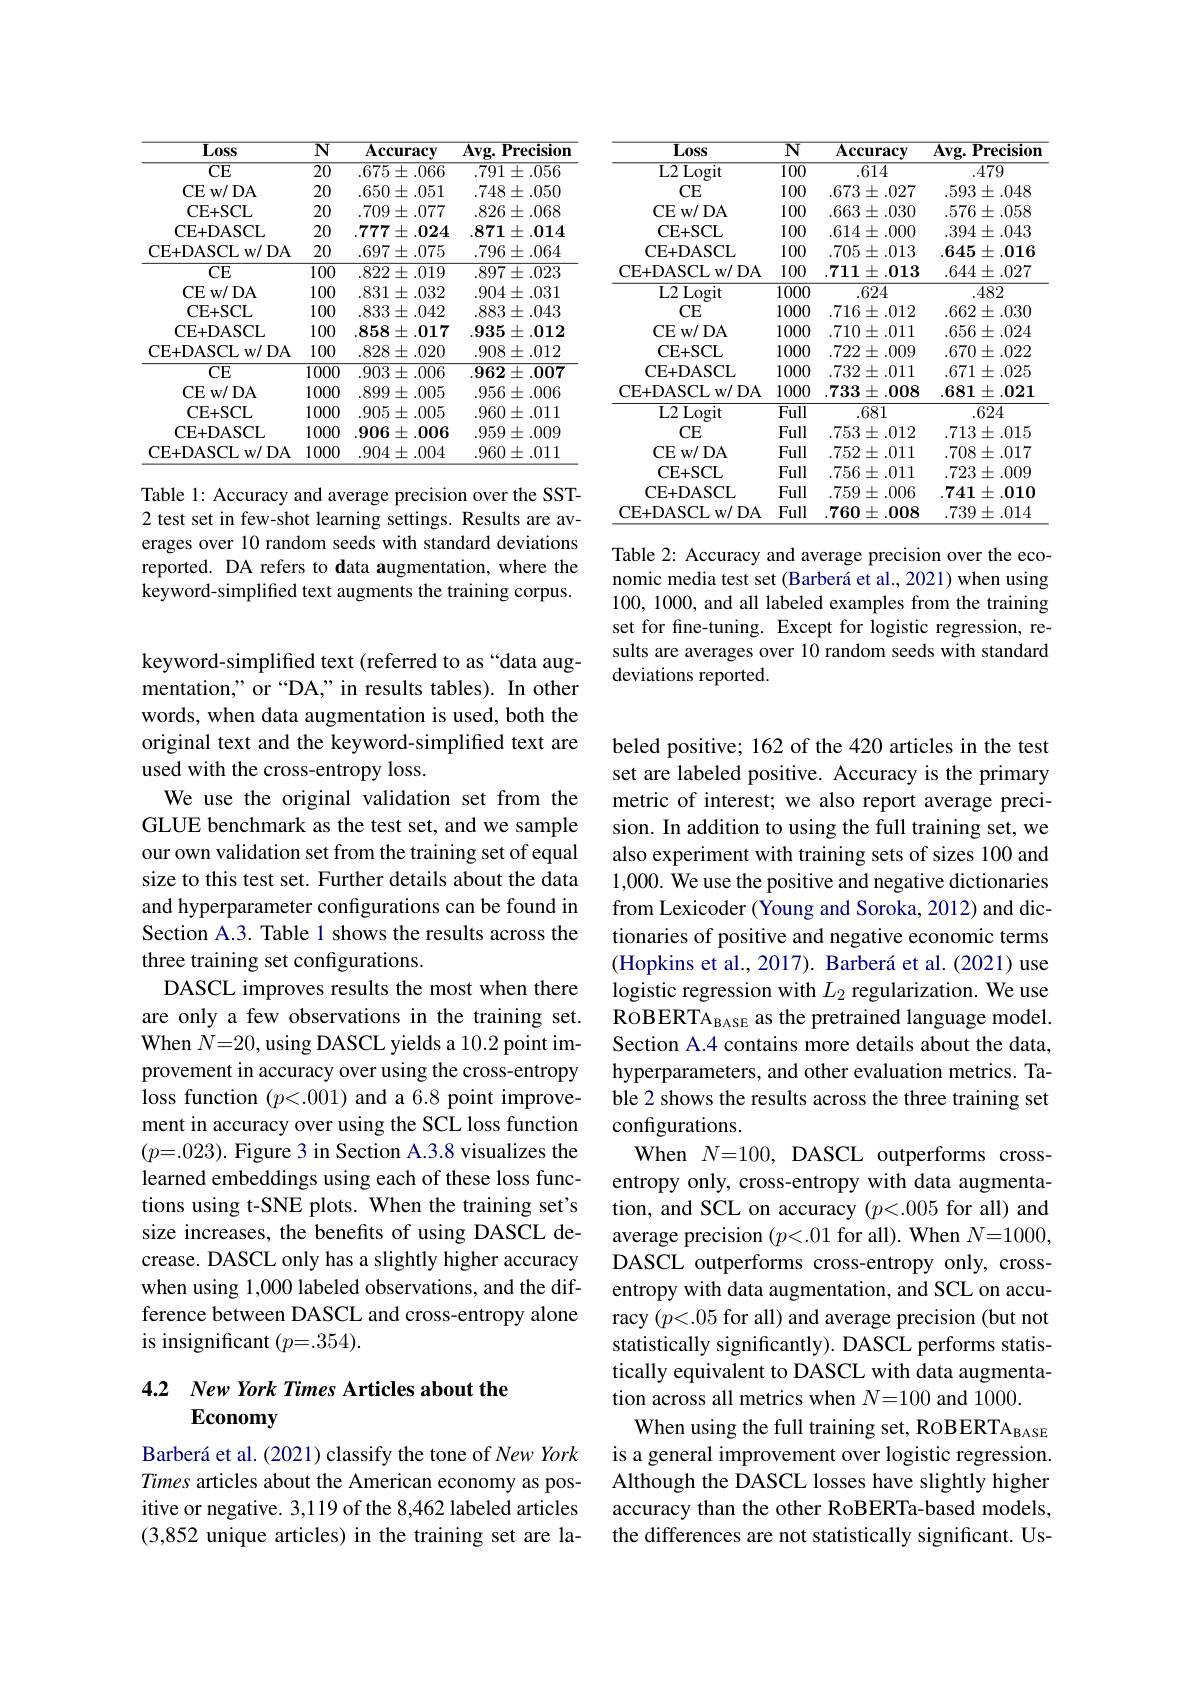
<table>
	<tbody>
		<tr>
			<th>$L0ss$</th>
			<th>$\overline{\mathbf{N}}$</th>
			<th>$\mathbf{Accuracy}$</th>
			<th>$Avg.$ $\mathbf{Precision}$</th>
		</tr>
		<tr>
			<td>$\overline{\mathrm{CE}}$</td>
			<td>$\overline{20}$</td>
			<td>$.675\pm.066$</td>
			<td>$.791\pm.056$</td>
		</tr>
		<tr>
			<td>CE w/ DA</td>
			<td>20</td>
			<td>$.650\pm.051$</td>
			<td>$.748\pm.050$</td>
		</tr>
		<tr>
			<td>CE+ SCL</td>
			<td>20</td>
			<td>$.709\pm.077$</td>
			<td>$.826\pm.068$</td>
		</tr>
		<tr>
			<td>CE+ DASCL</td>
			<td>20</td>
			<td>.7777= $\pm.024$</td>
			<td>$.871\pm.014$</td>
		</tr>
		<tr>
			<td>CE+DASCL w/ DA</td>
			<td>20</td>
			<td>$697\pm.075$</td>
			<td>$.796\pm.064$</td>
		</tr>
		<tr>
			<td>CE</td>
			<td>$\overline{100}$</td>
			<td>$.822\pm.019$</td>
			<td>$897\pm.023$</td>
		</tr>
		<tr>
			<td>CE w/ DA</td>
			<td>100</td>
			<td>.831 $\pm.032$ 1</td>
			<td>$.904\pm.031$</td>
		</tr>
		<tr>
			<td>CE+ SCL</td>
			<td>100</td>
			<td>$.833\pm.042$</td>
			<td>$.883\pm.043$</td>
		</tr>
		<tr>
			<td>CE+ DASCL</td>
			<td>100</td>
			<td>.858 $\mathbf{8}\pm.017$</td>
			<td>.935 $\pm.012$</td>
		</tr>
		<tr>
			<td>CE+DASCL w/ DA</td>
			<td>100</td>
			<td>$.828\pm.020$</td>
			<td>$.908\pm.012$</td>
		</tr>
		<tr>
			<td>${\overline{CE}}$</td>
			<td>1000</td>
			<td>$.903\pm.006$</td>
			<td>$.962\pm.007$</td>
		</tr>
		<tr>
			<td>CE w/ DA</td>
			<td>1000</td>
			<td>$.899\pm.005$</td>
			<td>$.956\pm.006$</td>
		</tr>
		<tr>
			<td>CE+ SCL</td>
			<td>1000</td>
			<td>.905 $\pm.005$ ,</td>
			<td>$.960\pm.011$</td>
		</tr>
		<tr>
			<td>CE+ DASCL</td>
			<td>1000</td>
			<td>.906 $\pm.006$</td>
			<td>.959 $9\pm.009$</td>
		</tr>
		<tr>
			<td>CE+DASCL w/ DA</td>
			<td>1000 1</td>
			<td>$.904\pm.004$</td>
			<td>$.960\pm.011$</td>
		</tr>
	</tbody>
</table>

Table 1: Accuracy and average precision over the SST- 2 test set in few-shot learning settings. Results are averages over 10 random seeds with standard deviations reported. DA refers to data augmentation, where the keyword-simplified text augments the training corpus.

keyword-simplified text (referred to as “data augmentation," or “DA,” in results tables). In other words, when data augmentation is used, both the original text and the keyword-simplified text are used with the cross-entropy loss.
We use the original validation set from the GLUE benchmark as the test set, and we sample our own validation set from the training set of equal size to this test set. Further details about the data and hyperparameter configurations can be found in Section A.3. Table 1 shows the results across the three training set configurations.
DASCL improves results the most when there are only a few observations in the training set. When $N=20$,using DASCL yields a 10.2 point improvement in accuracy over using the cross-entropy loss function $(p<.001)$ and a 6.8 point improvement in accuracy over using the SCL loss function $(p=.023).$ Figure 3 in Section A.3.8 visualizes the learned embeddings using each of these loss functions using t-SNE plots. When the training set's size increases, the benefits of using DASCL decrease. DASCL only has a slightly higher accuracy when using 1,000 labeled observations, and the difference between DASCL and cross-entropy alone is insignificant $(p=.354).$

## 4.2 New York Times Articles about the Economy

Barberá et al. (2021) classify the tone of New York Times articles about the American economy as positive or negative. 3,119 of the 8,462 labeled articles (3,852 unique articles) in the training set are la-

<table>
	<tbody>
		<tr>
			<th>$\overline{\mathbf{L}0\mathbf{ss}}$</th>
			<th>$\overline{\mathbf{N}}$</th>
			<th>$\mathbf{Accuracy}$</th>
			<th>$Avg.$ $\mathbf{Precision}$ </th>
		</tr>
		<tr>
			<td>$\overline{{\mathrm{L2~Logit}}}$</td>
			<td>$\overline{100}$</td>
			<td>.614</td>
			<td>.479</td>
		</tr>
		<tr>
			<td>CE</td>
			<td>100</td>
			<td>$.673\pm.027$</td>
			<td>$.593\pm.048$</td>
		</tr>
		<tr>
			<td>CE w/ DA</td>
			<td>100</td>
			<td>$.663\pm.030$</td>
			<td>$.576\pm.058$</td>
		</tr>
		<tr>
			<td>CE+ SCL</td>
			<td>100</td>
			<td>$.614\pm.000$</td>
			<td>$.394\pm.043$</td>
		</tr>
		<tr>
			<td>CE+ DASCL</td>
			<td>100</td>
			<td>.705 $\pm.013$ A 1</td>
			<td>$.645\pm.016$</td>
		</tr>
		<tr>
			<td>CE+ DASCLw/ DA</td>
			<td>100</td>
			<td>$.711\pm.013$</td>
			<td>$.644\pm.027$</td>
		</tr>
		<tr>
			<td>L2 Logit</td>
			<td>1000</td>
			<td>.624</td>
			<td>.482</td>
		</tr>
		<tr>
			<td>CE</td>
			<td>1000</td>
			<td>$.716\pm.012$</td>
			<td>$.662\pm.030$</td>
		</tr>
		<tr>
			<td>CE w/ DA</td>
			<td>1000</td>
			<td>$.710\pm.011$</td>
			<td>$.656\pm.024$</td>
		</tr>
		<tr>
			<td>CE+ SCL</td>
			<td>1000</td>
			<td>.722 $\pm.009$</td>
			<td>$.670\pm.022$</td>
		</tr>
		<tr>
			<td>CE+DASCL</td>
			<td>1000</td>
			<td>.732 $\pm.011$ $w$</td>
			<td>$.671\pm.025$</td>
		</tr>
		<tr>
			<td>CE+DASCL w/ DA</td>
			<td>1000</td>
			<td>.733 $\pm.008$</td>
			<td>.681 $\pm.021$</td>
		</tr>
		<tr>
			<td>L2 Logit</td>
			<td>$\overline{Full}$</td>
			<td>.681</td>
			<td>.624</td>
		</tr>
		<tr>
			<td>CE</td>
			<td>Full</td>
			<td>$.753\pm.012$</td>
			<td>$.713\pm.015$</td>
		</tr>
		<tr>
			<td>CE w/ DA</td>
			<td>Full</td>
			<td>$.752\pm.011$</td>
			<td>$.708\pm.017$</td>
		</tr>
		<tr>
			<td>CE+ SCL</td>
			<td>Full</td>
			<td>$.756\pm.011$</td>
			<td>$.723\pm.009$</td>
		</tr>
		<tr>
			<td>CE+ DASCL</td>
			<td>Full</td>
			<td>$.759\pm.006$</td>
			<td>.741 $\mathbf{1}\pm.010$ T</td>
		</tr>
		<tr>
			<td>CE+ DASCLw/ DA</td>
			<td>Full</td>
			<td>.760 $)\pm.008$</td>
			<td>$.739\pm.014$</td>
		</tr>
	</tbody>
</table>

Table 2: Accuracy and average precision over the economic media test set (Barberá et al., 2021) when using 100, 1000, and all labeled examples from the training set for fine-tuning. Except for logistic regression, results are averages over 10 random seeds with standard deviations reported.

beled positive; 162 of the 420 articles in the test set are labeled positive. Accuracy is the primary metric of interest; we also report average precision. In addition to using the full training set, we also experiment with training sets of sizes 100 and 1,000. We use the positive and negative dictionaries from Lexicoder (Young and Soroka, 2012) and dictionaries of positive and negative economic terms (Hopkins et al., 2017). Barberá et al. (2021) use logistic regression with $L_2$ regularization. We use $ROBERTA_{\mathrm{BASE}} as the pretrained language model.$ Section A.4 contains more details about the data, hyperparameters, and other evaluation metrics. Table 2 shows the results across the three training set configurations.
When $N=100$, DASCL outperforms crossentropy only, cross-entropy with data augmentation, and SCL on accuracy $(p<.005$ for all) and average precision $(p<.01$ for all). When $N=1000$, DASCL outperforms cross-entropy only, crossentropy with data augmentation, and SCL on accuracy $(p<.05$ for all) and average precision (but not statistically significantly). DASCL performs statistically equivalent to DASCL with data augmentation across all metrics when $N=100$ and 1000.
When using the full training set, RoBERTA$_\mathrm{BASE}$ is a general improvement over logistic regression. Although the DASCL losses have slightly higher accuracy than the other RoBERTa-based models, the differences are not statistically significant. Us-